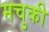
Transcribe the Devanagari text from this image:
मचुकी